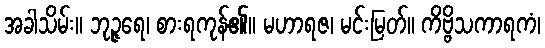
အခါသိမ်း။ ဘုဉ္ဇရေ၊ စားရကုန်၏။ မဟာရဇ၊ မင်းမြတ်။ ကိဗ္ဗိသကာရကံ၊